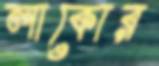
লাকোর